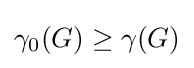
\gamma _{0}(G)\geq \gamma (G)